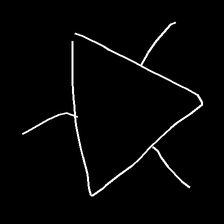
Glyph: fire